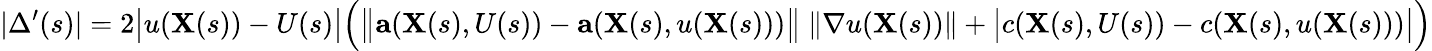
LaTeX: |\Delta^{\prime}(s)|=2{\big|}u(\mathbf{X}(s))-U(s){\big|}{\Big(}{\big\| }\mathbf{a}(\mathbf{X}(s),U(s))-\mathbf{a}(\mathbf{X}(s),u(\mathbf{X}(s))){\big\| }\ \| \nabla u(\mathbf{X}(s))\| +{\big|}c(\mathbf{X}(s),U(s))-c(\mathbf{X}(s),u(\mathbf{X}(s))){\big|}{\Big)}